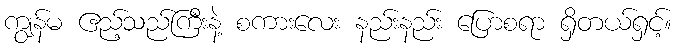
ကျွန်မ ဧည့်သည်ကြီးနဲ့ စကားလေး နည်းနည်း ပြောစရာ ရှိတယ်ရှင့်။